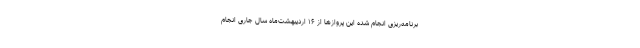
برنامه‌ریزی انجام شده این پروازها از ۱۶ اردیبهشت‌ماه سال جاری انجام